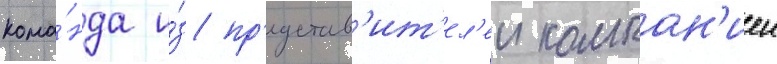
кома́нда и́з пр'едстав'ит'ел'еи компан'иеи